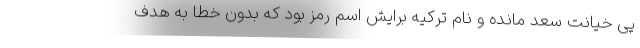
پیِ خیانت سعد مانده و نام ترکیه برایش اسم رمز بود که بدون خطا به هدف